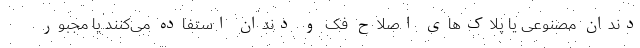
دندان مصنوعی یا پلاک‌های اصلاح فک و دندان استفاده می‌کنند یا مجبور